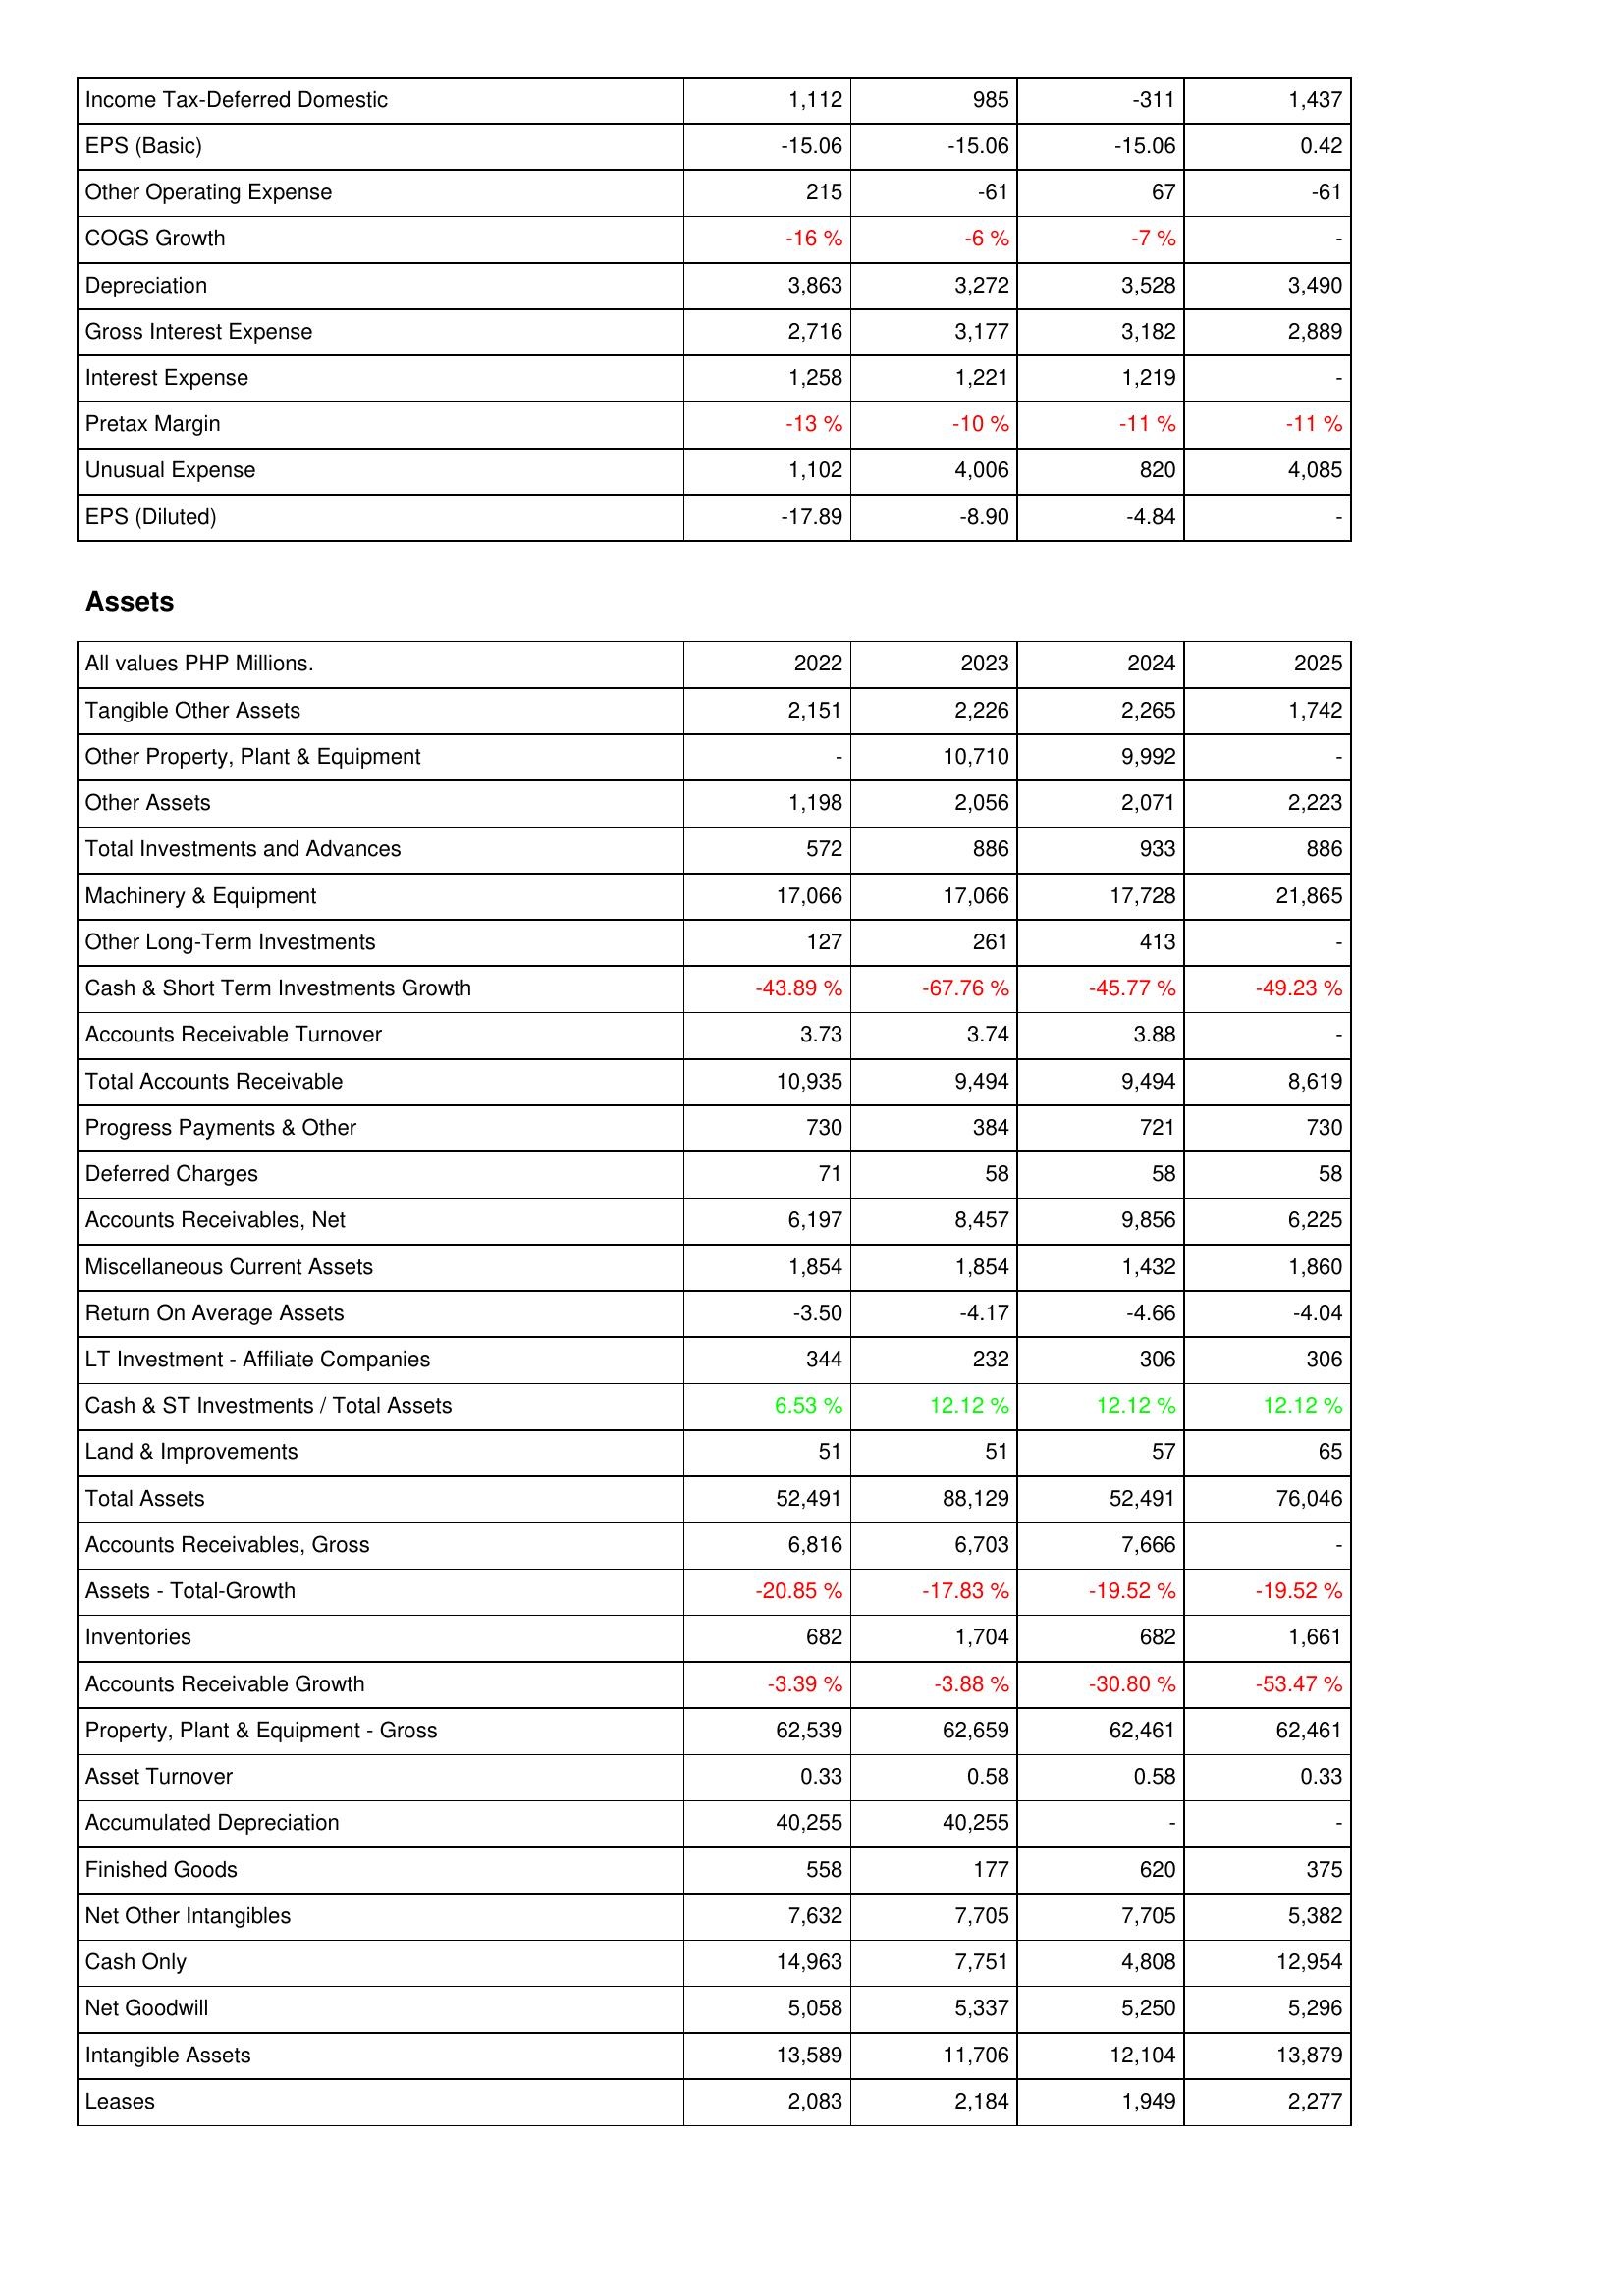
2022: Income Statement: Income Tax-Deferred Domestic: 1,112
EPS (Basic): -15.06
Other Operating Expense: 215
COGS Growth: -16 %
Depreciation: 3,863
Gross Interest Expense: 2,716
Interest Expense: 1,258
Pretax Margin: -13 %
Unusual Expense: 1,102
EPS (Diluted): -17.89
Assets: Tangible Other Assets: 2,151
Other Property, Plant & Equipment: -
Other Assets: 1,198
Total Investments and Advances: 572
Machinery & Equipment: 17,066
Other Long-Term Investments: 127
Cash & Short Term Investments Growth: -43.89 %
Accounts Receivable Turnover: 3.73
Total Accounts Receivable: 10,935
Progress Payments & Other: 730
Deferred Charges: 71
Accounts Receivables, Net: 6,197
Miscellaneous Current Assets: 1,854
Return On Average Assets: -3.50
LT Investment - Affiliate Companies: 344
Cash & ST Investments / Total Assets: 6.53 %
Land & Improvements: 51
Total Assets: 52,491
Accounts Receivables, Gross: 6,816
Assets - Total-Growth: -20.85 %
Inventories: 682
Accounts Receivable Growth: -3.39 %
Property, Plant & Equipment - Gross: 62,539
Asset Turnover: 0.33
Accumulated Depreciation: 40,255
Finished Goods: 558
Net Other Intangibles: 7,632
Cash Only: 14,963
Net Goodwill: 5,058
Intangible Assets: 13,589
Leases: 2,083
2023: Income Statement: Income Tax-Deferred Domestic: 985
EPS (Basic): -15.06
Other Operating Expense: -61
COGS Growth: -6 %
Depreciation: 3,272
Gross Interest Expense: 3,177
Interest Expense: 1,221
Pretax Margin: -10 %
Unusual Expense: 4,006
EPS (Diluted): -8.90
Assets: Tangible Other Assets: 2,226
Other Property, Plant & Equipment: 10,710
Other Assets: 2,056
Total Investments and Advances: 886
Machinery & Equipment: 17,066
Other Long-Term Investments: 261
Cash & Short Term Investments Growth: -67.76 %
Accounts Receivable Turnover: 3.74
Total Accounts Receivable: 9,494
Progress Payments & Other: 384
Deferred Charges: 58
Accounts Receivables, Net: 8,457
Miscellaneous Current Assets: 1,854
Return On Average Assets: -4.17
LT Investment - Affiliate Companies: 232
Cash & ST Investments / Total Assets: 12.12 %
Land & Improvements: 51
Total Assets: 88,129
Accounts Receivables, Gross: 6,703
Assets - Total-Growth: -17.83 %
Inventories: 1,704
Accounts Receivable Growth: -3.88 %
Property, Plant & Equipment - Gross: 62,659
Asset Turnover: 0.58
Accumulated Depreciation: 40,255
Finished Goods: 177
Net Other Intangibles: 7,705
Cash Only: 7,751
Net Goodwill: 5,337
Intangible Assets: 11,706
Leases: 2,184
2024: Income Statement: Income Tax-Deferred Domestic: -311
EPS (Basic): -15.06
Other Operating Expense: 67
COGS Growth: -7 %
Depreciation: 3,528
Gross Interest Expense: 3,182
Interest Expense: 1,219
Pretax Margin: -11 %
Unusual Expense: 820
EPS (Diluted): -4.84
Assets: Tangible Other Assets: 2,265
Other Property, Plant & Equipment: 9,992
Other Assets: 2,071
Total Investments and Advances: 933
Machinery & Equipment: 17,728
Other Long-Term Investments: 413
Cash & Short Term Investments Growth: -45.77 %
Accounts Receivable Turnover: 3.88
Total Accounts Receivable: 9,494
Progress Payments & Other: 721
Deferred Charges: 58
Accounts Receivables, Net: 9,856
Miscellaneous Current Assets: 1,432
Return On Average Assets: -4.66
LT Investment - Affiliate Companies: 306
Cash & ST Investments / Total Assets: 12.12 %
Land & Improvements: 57
Total Assets: 52,491
Accounts Receivables, Gross: 7,666
Assets - Total-Growth: -19.52 %
Inventories: 682
Accounts Receivable Growth: -30.80 %
Property, Plant & Equipment - Gross: 62,461
Asset Turnover: 0.58
Accumulated Depreciation: -
Finished Goods: 620
Net Other Intangibles: 7,705
Cash Only: 4,808
Net Goodwill: 5,250
Intangible Assets: 12,104
Leases: 1,949
2025: Income Statement: Income Tax-Deferred Domestic: 1,437
EPS (Basic): 0.42
Other Operating Expense: -61
COGS Growth: -
Depreciation: 3,490
Gross Interest Expense: 2,889
Interest Expense: -
Pretax Margin: -11 %
Unusual Expense: 4,085
EPS (Diluted): -
Assets: Tangible Other Assets: 1,742
Other Property, Plant & Equipment: -
Other Assets: 2,223
Total Investments and Advances: 886
Machinery & Equipment: 21,865
Other Long-Term Investments: -
Cash & Short Term Investments Growth: -49.23 %
Accounts Receivable Turnover: -
Total Accounts Receivable: 8,619
Progress Payments & Other: 730
Deferred Charges: 58
Accounts Receivables, Net: 6,225
Miscellaneous Current Assets: 1,860
Return On Average Assets: -4.04
LT Investment - Affiliate Companies: 306
Cash & ST Investments / Total Assets: 12.12 %
Land & Improvements: 65
Total Assets: 76,046
Accounts Receivables, Gross: -
Assets - Total-Growth: -19.52 %
Inventories: 1,661
Accounts Receivable Growth: -53.47 %
Property, Plant & Equipment - Gross: 62,461
Asset Turnover: 0.33
Accumulated Depreciation: -
Finished Goods: 375
Net Other Intangibles: 5,382
Cash Only: 12,954
Net Goodwill: 5,296
Intangible Assets: 13,879
Leases: 2,277